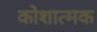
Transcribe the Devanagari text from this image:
कोशात्मक